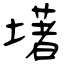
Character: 墸